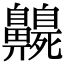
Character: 𪖻